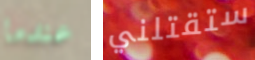
عندما ستقتلني